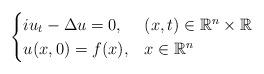
LaTeX: \begin{align*} \begin{cases} iu_t - \Delta u = 0, &(x,t)\in \mathbb{R}^n \times \mathbb{R} \\ u(x,0)=f(x), & x \in \mathbb{R}^n \end{cases}\end{align*}